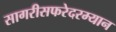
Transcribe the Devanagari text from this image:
सागरीसफरेदरम्यान